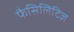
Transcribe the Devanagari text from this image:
फैसिलिटिज़